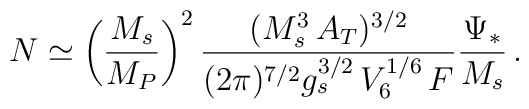
N \simeq \left( \frac{M_s}{M_P}\right)^2\frac{(M_s^3\,A_T)^{3/2}}{(2\pi)^{7/2}g_s^{3/2}\,V_6^{1/6}\,F}\frac{\Psi_*}{M_s}\,.